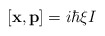
\begin{align*}\left[\textbf{x},\textbf{p}\right]=i\hbar \xi I\end{align*}